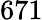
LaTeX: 671